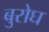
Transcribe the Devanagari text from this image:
बुरोघ